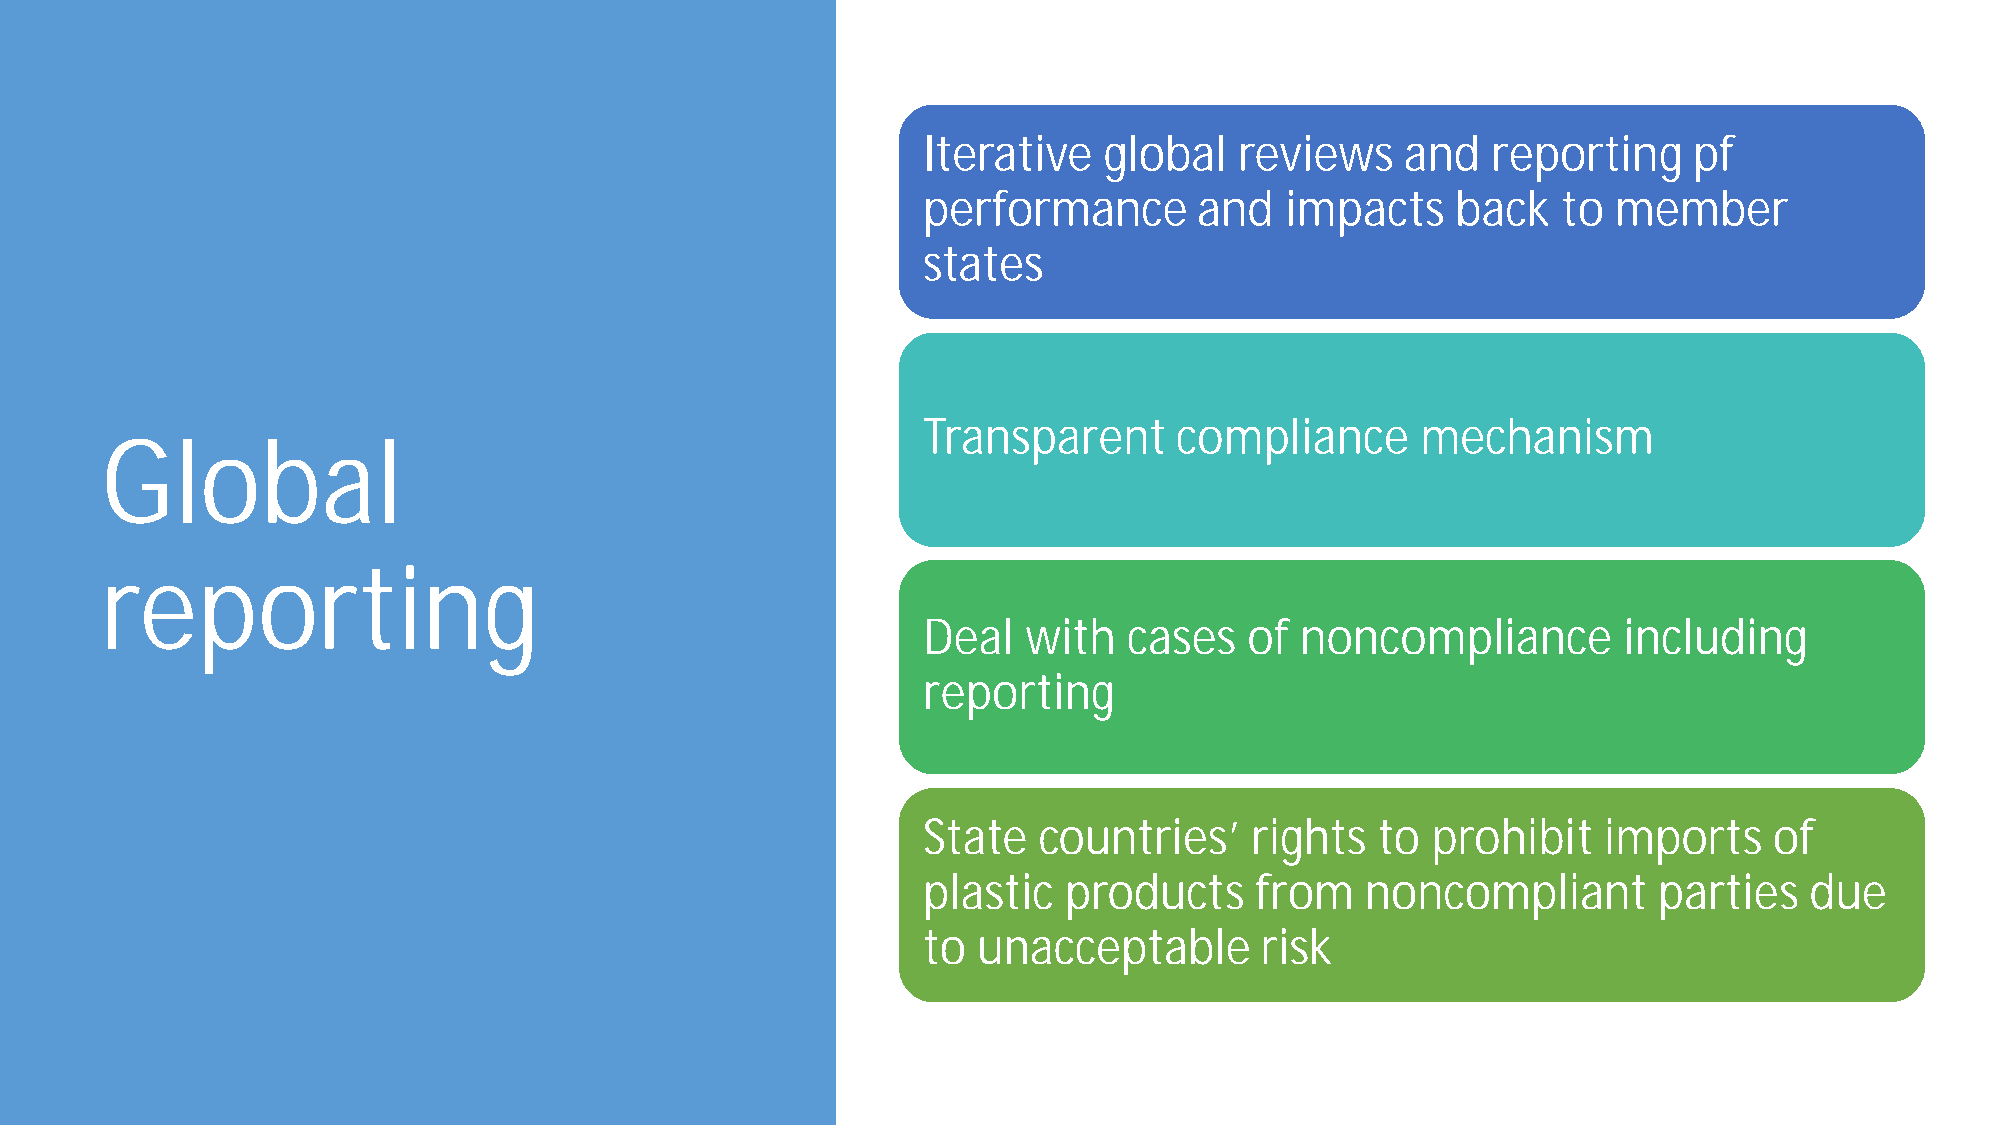
Iterative   global   reviews    and   reporting    pf
 performance       and   impacts    back   to  member
 states
 Transparent      compliance      mechanism
 Global
 reporting
 Deal   with   cases   of noncompliance        including
 reporting
 State   countries’    rights  to  prohibit   imports    of
 plastic  products     from   noncompliant        parties   due
 to  unacceptable      risk